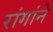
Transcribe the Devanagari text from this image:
रांगांने